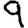
Digit: 9